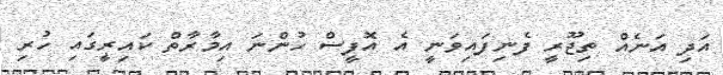
އަދި އަނެއް ތިޖޫރީ ފެނިފައިވަނީ އެ އޮފީސް ހުންނަ އިމާރާތް ކައިރީގައި ހުރި